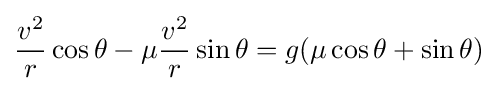
{\frac {v^{2}}{r}}\cos \theta -\mu {\frac {v^{2}}{r}}\sin \theta =g(\mu \cos \theta +\sin \theta )